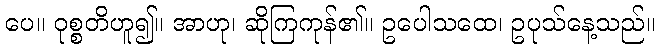
ပေ။ ဝုစ္စတိဟူ၍။ အာဟု၊ ဆိုကြကုန်၏။ ဥပေါသထေ၊ ဥပုသ်နေ့သည်။